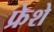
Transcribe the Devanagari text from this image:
फ्रेशे